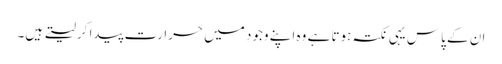
ان کے پاس یہی نکتہ ہوتا ہے وہ اپنے وجود میں حرارت پیدا کرلیتے ہیں۔